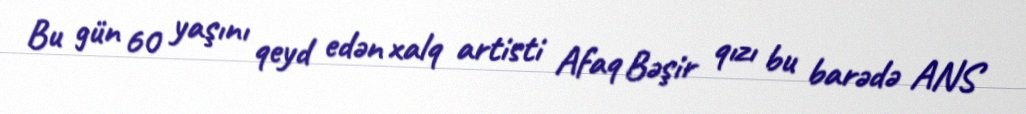
Bu gün 60 yaşını qeyd edən xalq artisti Afaq Bəşir qızı bu barədə ANS